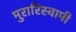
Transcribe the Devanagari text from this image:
मुरारिस्वामी